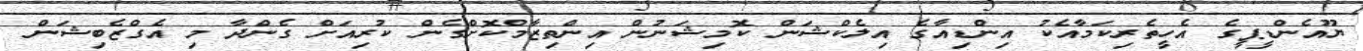
ޔޫއެންޑީޕީގެ އެހީތެރިކަމާއެކު އިންޑިއާގެ އިލެކްޝަން ކޮމިޝަނުން އިންތިޒާމްކޮށްގެން ކުރިއަށް ގެންދާ މި އެގްޒެބިޝަން